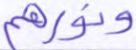
ونورهم